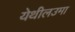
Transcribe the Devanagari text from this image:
येथीलउमा